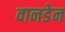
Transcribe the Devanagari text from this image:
वानडेन